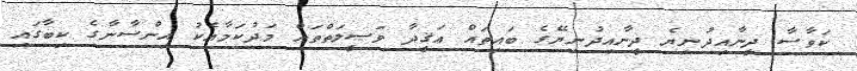
ކަވާސާ ދީނާއިދުނިޔެ ދީނާއިދުނިޔޭގެ ބައިތައް ޢަޤީދާ ވަޞީލަތްތައް މަދުކަމާއެކު އިންސާނާގެ ކިބާގައި